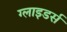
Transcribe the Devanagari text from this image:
ग्लाइडर्स